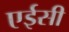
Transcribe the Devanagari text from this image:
एईसी